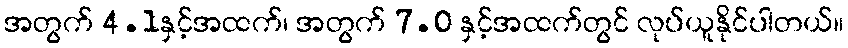
အတွက် 4.1နှင့်အထက်၊ အတွက် 7.0 နှင့်အထက်တွင် လုပ်ယူနိုင်ပါတယ်။